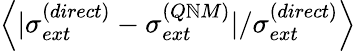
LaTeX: \left\langle|\sigma_{ext}^{(direct)}-\sigma_{ext}^{(Q\mathbb{N}M)}|/\sigma_{ext}^{(direct)}\right\rangle